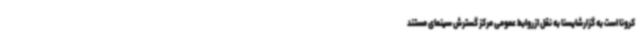
کرونا است به گزارشایسنا به نقل ازروابط عمومی مرکز گسترش سینمای مستند